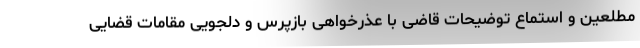
مطلعین و استماع توضیحات قاضی با عذرخواهی بازپرس و دلجویی مقامات قضایی